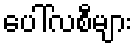
ပေါ်လစီများ